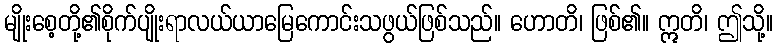
မျိုးစေ့တို့၏စိုက်ပျိုးရာလယ်ယာမြေကောင်းသဖွယ်ဖြစ်သည်။ ဟောတိ၊ ဖြစ်၏။ ဣတိ၊ ဤသို့။